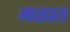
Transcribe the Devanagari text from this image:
मळात